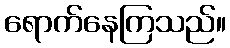
ရောက်နေကြသည်။